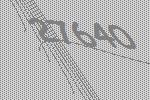
27640